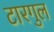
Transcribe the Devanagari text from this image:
टारगुल